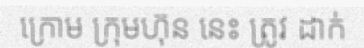
ក្រោម ក្រុមហ៊ុន នេះ ត្រូវ ដាក់